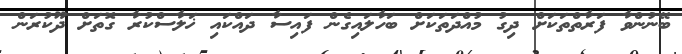
ބޭނުންވާ ފަރާތްތަކަށް ދިގު މުއްދަތަކަށް ބަހާލައިގެން ފައިސާ ދައްކައި ޚަލާސްކުރާ ގޮތަށް ދޫކުރަން